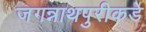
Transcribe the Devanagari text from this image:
जगन्नाथपुरीकडे